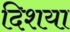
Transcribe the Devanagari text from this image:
दिशया